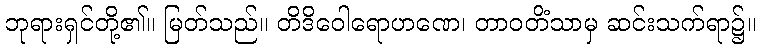
ဘုရားရှင်တို့၏။ မြတ်သည်။ တိဒိဝေါရောဟဏေ၊ တာဝတိံသာမှ ဆင်းသက်ရာ၌။